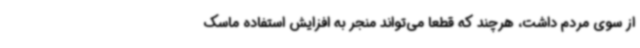
از سوی مردم داشت، هرچند که قطعا می‌تواند منجر به افزایش استفاده ماسک